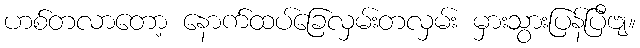
ဟစ်တလာတော့ နောက်ထပ်ခြေလှမ်းတလှမ်း မှားသွားပြန်ပြီဗျ။